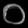
Digit: ၀